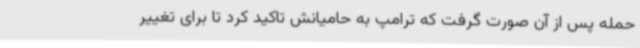
حمله پس از آن صورت گرفت که ترامپ به حامیانش تاکید کرد تا برای تغییر